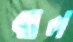
ঝাল